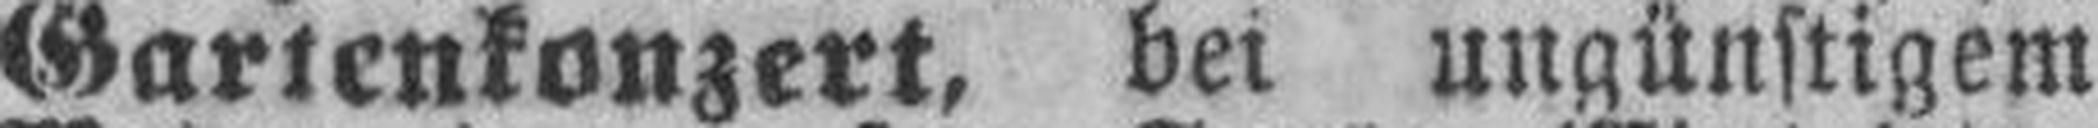
Gartenkonzert, bei ungünstigem